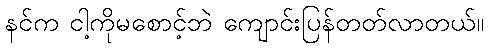
နင်က ငါ့ကိုမစောင့်ဘဲ ကျောင်းပြန်တတ်လာတယ်။